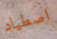
اصطياد